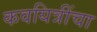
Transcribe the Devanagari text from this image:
कवयित्रींचा